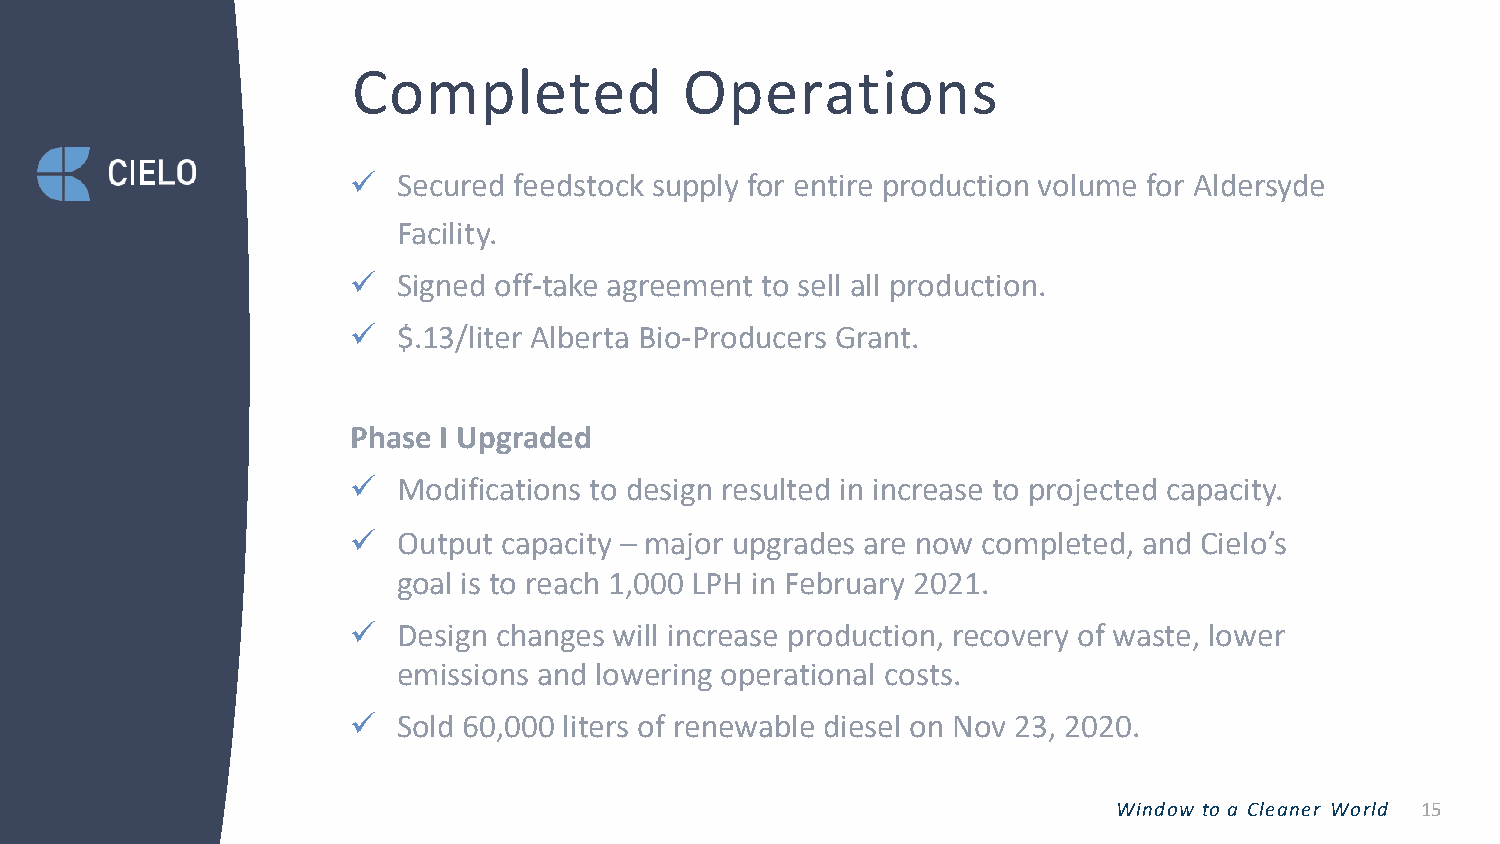
Completed             Operations
 ü  Secured feedstock supply for entire production volume for Aldersyde
 Facility.
 ü  Signed off-take agreement to sell all production.
 ü  $.13/liter Alberta Bio-Producers Grant.
 Phase I Upgraded
 ü  Modifications to design resulted in increase to projected capacity.
 ü  Output capacity – major upgrades are now completed, and Cielo’s
 goal is to reach 1,000 LPH in February 2021.
 ü  Design changes will increase production, recovery of waste, lower
 emissions and lowering operational costs.
 ü  Sold 60,000 liters of renewable diesel on Nov 23, 2020.
 Window to a Cleaner World 15